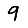
Digit: 9